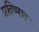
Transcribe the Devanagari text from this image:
प्रतिष्णात